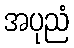
အပုညံ